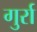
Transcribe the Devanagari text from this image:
गुर्रा